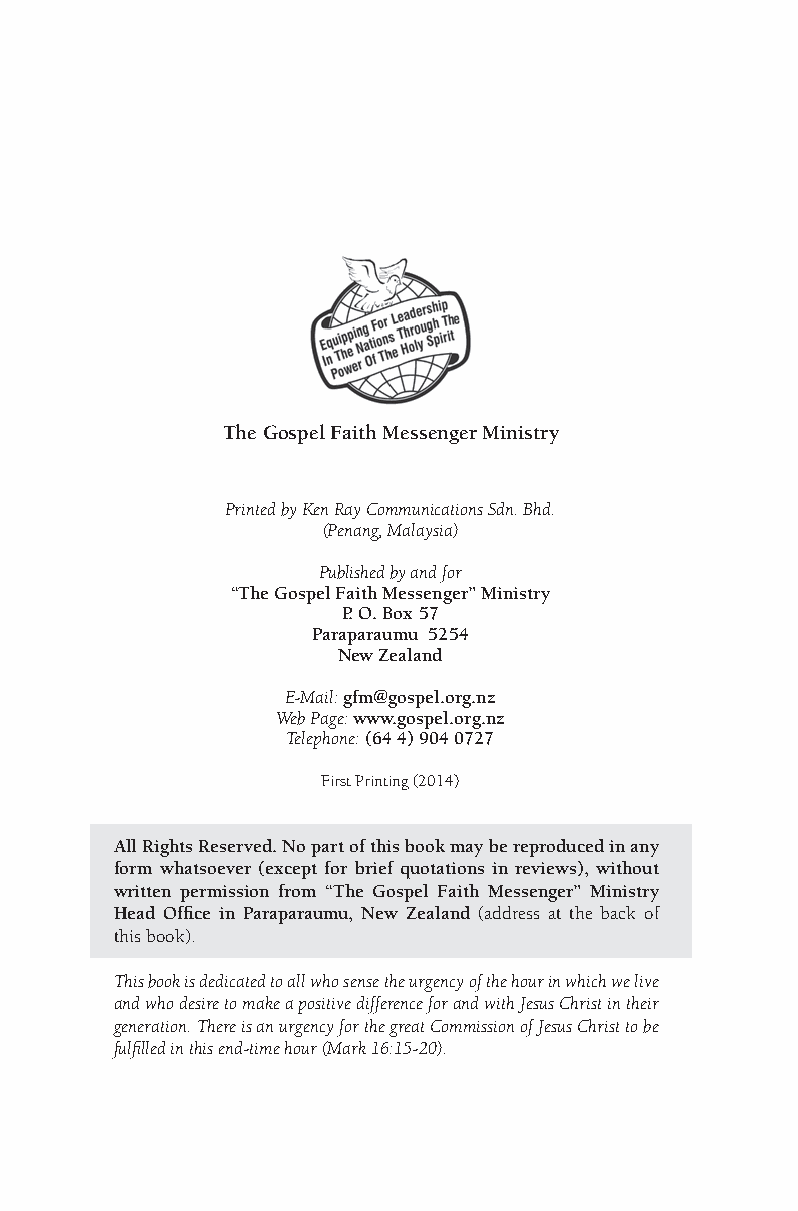
The Gospel Faith Messenger Ministry
 Printed by Ken Ray Communications Sdn. Bhd.
 (Penang, Malaysia)
 Published by and for
 “The Gospel Faith Messenger” Ministry
 P. O. Box 57
 Paraparaumu 5254
 New Zealand
 E-Mail: gfm@gospel.org.nz
 Web Page: www.gospel.org.nz
 Telephone: (64 4) 904 0727
 First Printing (2014)
 All Rights Reserved. No part of this book may be reproduced in any
 form whatsoever (except for brief quotations in reviews), without
 written permission from “The Gospel Faith Messenger” Ministry
 Head Office in Paraparaumu, New Zealand (address at the back of
 this book).
 This book is dedicated to all who sense the urgency of the hour in which we live
 and who desire to make a positive difference for and with Jesus Christ in their
 generation. There is an urgency for the great Commission of Jesus Christ to be
 fulfilled in this end-time hour (Mark 16:15-20).